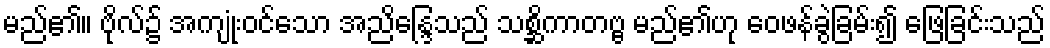
မည်၏။ ဗိုလ်၌ အကျုံးဝင်သော အညိန္ဒြေသည် သစ္ဆိကာတဗ္ဗ မည်၏ဟု ဝေဖန်ခွဲခြမ်း၍ ဖြေခြင်းသည်